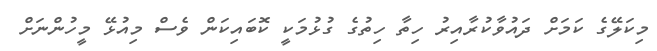
މިކަލޭގެ ކަމަށް ދައުވާކުރާއިރު ހިތާ ހިތުގެ ގުޅުމަކީ ކޮބައިކަން ވެސް މިއުޅޭ މީހުންނަށް